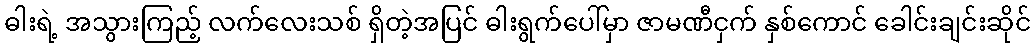
ဓါးရဲ့ အသွားကြည့် လက်လေးသစ် ရှိတဲ့အပြင် ဓါးရွက်ပေါ်မှာ ဇာမဏီငှက် နှစ်ကောင် ခေါင်းချင်းဆိုင်